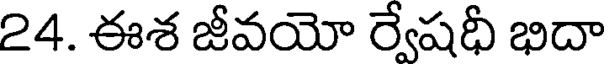
24. ఈశ జీవయో ర్వేషధీ భిదా